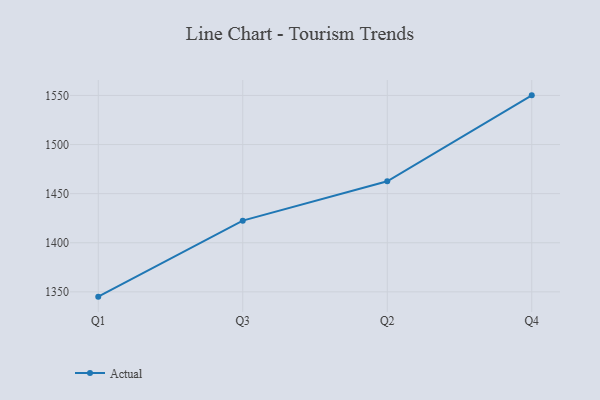
{"axis": {"x": "Quarter", "y": "Active Users"}, "legend": ["Actual"], "data": [{"x": "Q1", "y": 1345.1, "type": "Actual"}, {"x": "Q3", "y": 1422.5, "type": "Actual"}, {"x": "Q2", "y": 1462.6, "type": "Actual"}, {"x": "Q4", "y": 1550.1, "type": "Actual"}]}